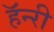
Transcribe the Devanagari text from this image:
हॅन्‍री